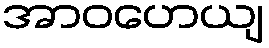
အာဝဟေယျ